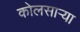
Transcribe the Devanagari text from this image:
कोलसाऱ्या